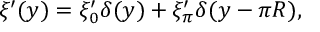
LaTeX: \xi ^ { \prime } ( y ) = \xi _ { 0 } ^ { \prime } \delta ( y ) + \xi _ { \pi } ^ { \prime } \delta ( y - \pi R ) ,